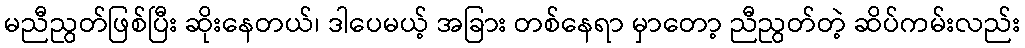
မညီညွတ်ဖြစ်ပြီး ဆိုးနေတယ်၊ ဒါပေမယ့် အခြား တစ်နေရာ မှာတော့ ညီညွတ်တဲ့ ဆိပ်ကမ်းလည်း